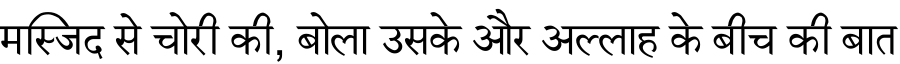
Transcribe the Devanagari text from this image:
मस्जिद से चोरी की, बोला उसके और अल्लाह के बीच की बात